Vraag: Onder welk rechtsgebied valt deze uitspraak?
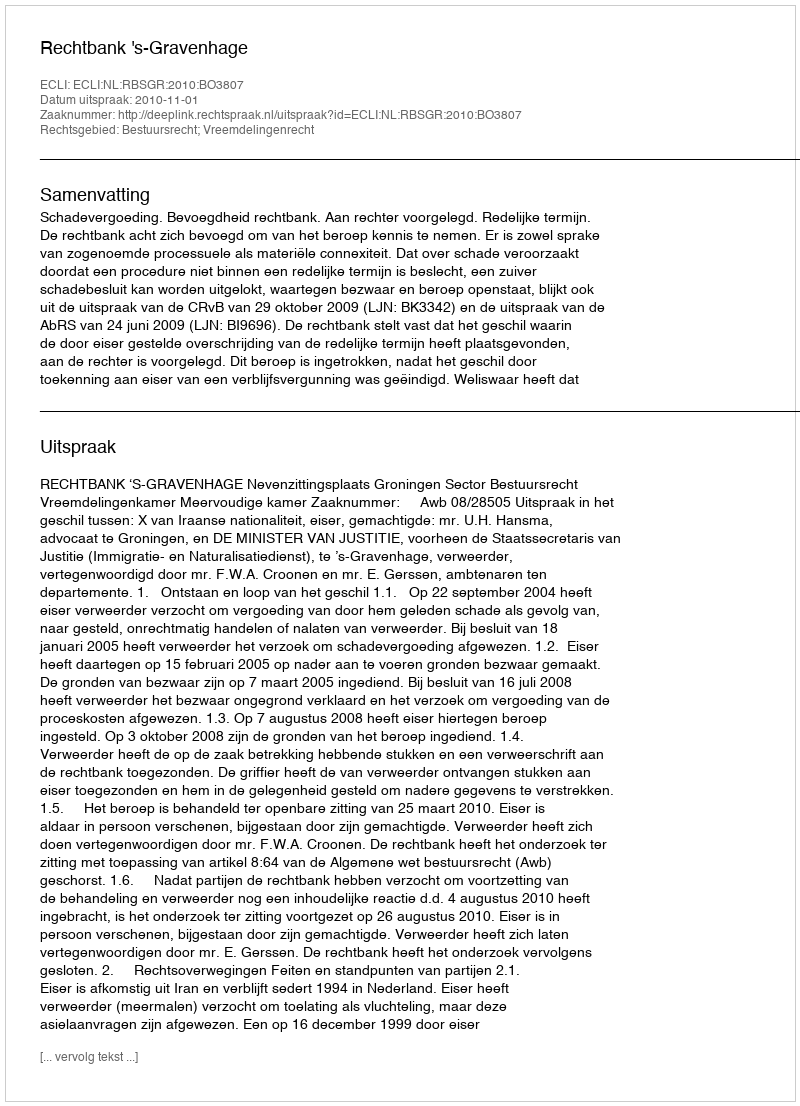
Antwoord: Bestuursrecht; Vreemdelingenrecht